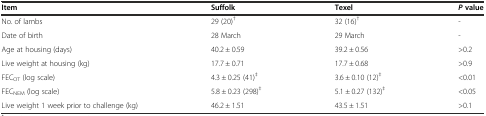
<table><thead><tr><td><b>Item</b></td><td><b>Suffolk</b></td><td><b>Texel</b></td><td><b><i>P</i>value</b></td></tr></thead><tbody><tr><td>No. of lambs</td><td>29 (20)<sup>†</sup></td><td>32 (16)<sup>†</sup></td><td>-</td></tr><tr><td>Date of birth</td><td>28 March</td><td>29 March</td><td>-</td></tr><tr><td>Age at housing (days)</td><td>40.2 ± 0.59</td><td>39.2 ± 0.56</td><td>&gt;0.2</td></tr><tr><td>Live weight at housing (kg)</td><td>17.7 ± 0.71</td><td>17.7 ± 0.68</td><td>&gt;0.9</td></tr><tr><td>FEC<sub>OT</sub> (log scale)</td><td>4.3 ± 0.25 (41)<sup>‡</sup></td><td>3.6 ± 0.10 (12)<sup>‡</sup></td><td>&lt;0.01</td></tr><tr><td>FEC<sub>NEM</sub> (log scale)</td><td>5.8 ± 0.23 (298)<sup>‡</sup></td><td>5.1 ± 0.27 (132)<sup>‡</sup></td><td>&lt;0.05</td></tr><tr><td>Live weight 1 week prior to challenge (kg)</td><td>46.2 ± 1.51</td><td>43.5 ± 1.51</td><td>&gt;0.1</td></tr></tbody></table>